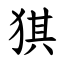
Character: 猉